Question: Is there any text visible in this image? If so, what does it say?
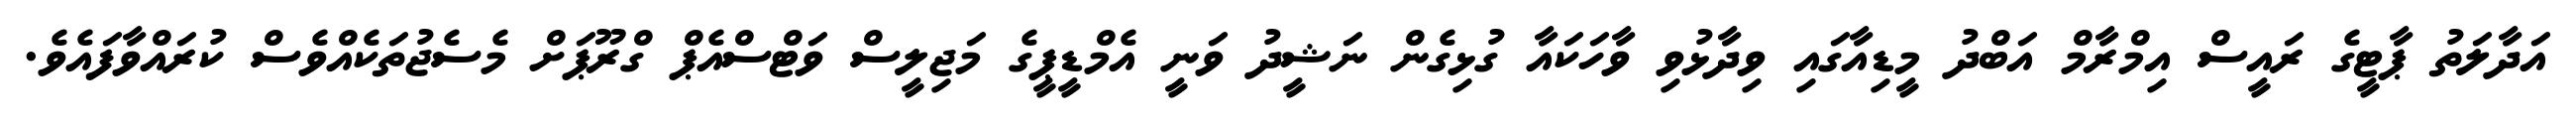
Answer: އަދާލަތު ޕާޓީގެ ރައީސް އިމްރާމް އަބްދު މީޑިއާގައި ވިދާޅުވި ވާހަކައާ ގުޅިގެން ނަޝީދު ވަނީ އެމްޑީޕީގެ މަޖިލީސް ވަޓްސްއެޕް ގްރޫޕަށް މެސެޖުތަކެއްވެސް ކުރައްވާފައެވެ.